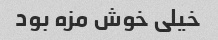
خیلى خوش مزه بود